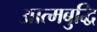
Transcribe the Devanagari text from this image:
आत्मबुद्धि